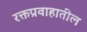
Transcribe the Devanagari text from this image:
रक्तप्रवाहातील